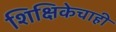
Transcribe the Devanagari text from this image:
शिक्षिकेचाही